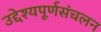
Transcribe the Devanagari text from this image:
उद्देश्यपूर्णसंचलन